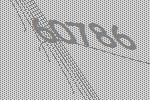
60786